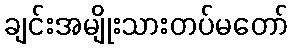
ချင်းအမျိုးသားတပ်မတော်